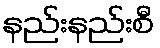
နည်းနည်းစီ